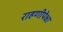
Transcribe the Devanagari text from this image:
राहणीपेक्षा